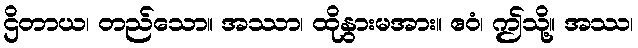
ဌိတာယ၊ တည်သော။ အဿာ၊ ထိုနွားမအား။ ဧဝံ၊ ဤသို့။ အဿ၊